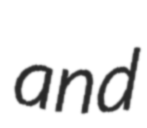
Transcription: and